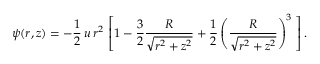
\psi ( r , z ) = - { \frac { 1 } { 2 } } \, u \, r ^ { 2 } \, \left[ 1 - { \frac { 3 } { 2 } } { \frac { R } { \sqrt { r ^ { 2 } + z ^ { 2 } } } } + { \frac { 1 } { 2 } } \left( { \frac { R } { \sqrt { r ^ { 2 } + z ^ { 2 } } } } \right) ^ { 3 } \; \right] .